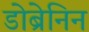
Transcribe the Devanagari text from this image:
डोब्रेनिन